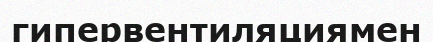
гипервентиляциямен